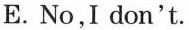
E.No,I don't.